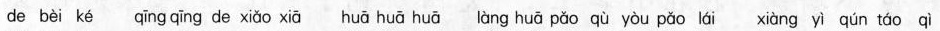
de bèi ké qīng qīng de xiǎo xiā huā huā huā àng huā pǎo qù yòu pǎo láì xiàng yì qún táo qì